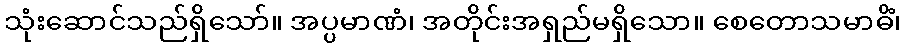
သုံးဆောင်သည်ရှိသော်။ အပ္ပမာဏံ၊ အတိုင်းအရှည်မရှိသော။ စေတောသမာဓိံ၊